Sanitation, dispensaries and jails vaccination Rajputana 1922-1927 - 1922-1927
Year: 1922
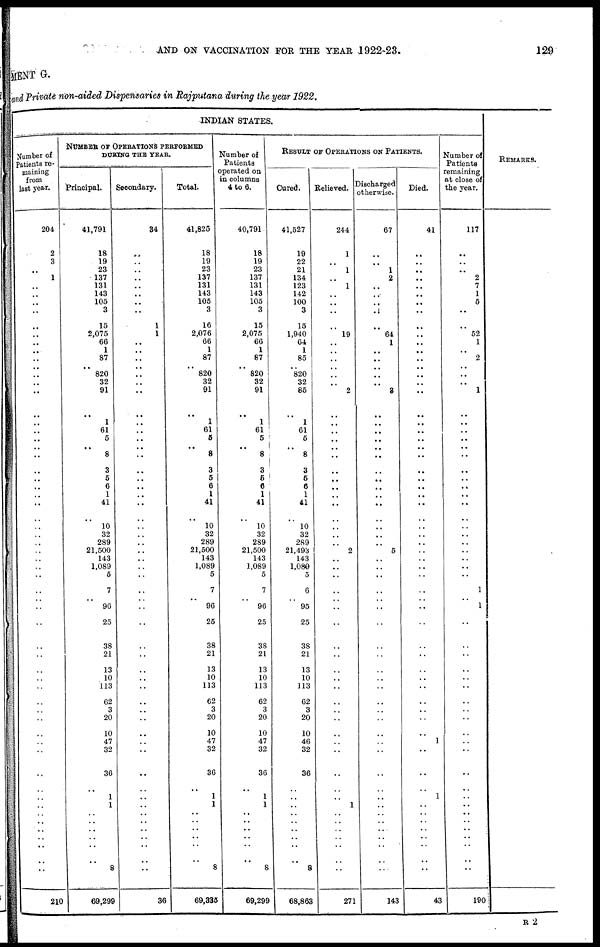
AND ON VACCINATION FOR THE YEAR 1922-23.
129
MENT G.
and Private non-aided Dispensaries in Rajputana during the year 1922.
INDIAN STATES.
204
2
3
..
1
..
..
..
..
..
..
..
..
..
..
..
..
..
..
..
..
..
..
..
..
..
..
..
..
..
..
..
..
..
..
..
..
..
.. ..
..
..
..
..
..
..
..
..
..
..
..
..
..
..
..
..
..
..
..
..
..
..
..
210
NUMBER OF OPERATIONS PERFORMED
DURING THE YEAR.
Principal.
41,791
18
19
23
137
131
143
105
3
15
2,075
66
1
87
..
820
32
91
..
1
61
5
..
8
3
5
6
1
41
..
10
32
289
21,500
143
1,089
5
7
..
96
25
38
21
13
10
113
62
3
20
10
47
32
36
..
1
1
..
..
..
..
..
..
8
69,299
Secondary.
34
..
..
..
..
..
..
..
..
1
1
..
..
..
..
..
..
..
..
..
..
..
..
..
..
..
..
..
..
..
..
..
..
..
..
..
..
..
..
..
..
..
..
..
..
..
..
..
..
..
..
..
..
..
..
..
..
..
..
..
..
..
..
36
Total.
41,825
18
19
23
137
131
143
105
3
16
2,076
66
1
87
..
820
32
91
..
1
61
5
..
8
3
5
6
1
41
..
10
32
289
21,500
143
1,089
5
7
..
96
25
38
21
13
10
113
62
3
20
10
47
32
36
..
1
1
..
..
..
..
..
..
8
69,335
Number of
Patients
operated on
in columns
4 to 6.
40,791 .
18
19
23
137
131
143
105
3
15
2,075
66
1
87
..
820
32
91
..
1
61
5
..
8
3
6
6
1
41
..
10
32
289
21,500
143
1,089
5
7
..
96
25
38
21
13
10
113
62
3
20
10
47
32
36
..
1
1
..
..
..
..
..
..
8
69,299
RESULT OF OPERATIONS ON PATIENTS.
Cured.
41,527
19
22
21
134
123
142
100
3
15
1,940
64
1
85
..
820
32
85
..
1
61
5
..
8
3
5
6
1
41
..
10
32
289
21,493
143
1,080
5
6
..
95
25
38
21
13
10
113
62
3
20
10
46
32
36
..
..
..
..
..
..
..
..
..
8
68,863
Relieved.
244
1
..
1
..
1
..
..
..
..
19
..
..
..
..
..
..
2
..
..
..
..
.. ..
..
..
..
..
..
..
..
..
..
2
..
..
..
..
.. ..
..
..
..
..
..
..
..
..
..
..
..
..
..
..
..
1
..
..
..
..
..
..
..
271
Discharged
otherwise.
67
..
..
1
2
..
..
..
..
..
64
1
..
..
..
..
..
3
..
..
..
..
.. ..
..
..
..
..
..
..
..
..
..
5
..
..
..
..
.. ..
..
..
..
..
..
..
..
..
..
..
..
..
..
..
..
..
..
..
..
..
..
..
..
143
Died.
41
..
..
..
..
..
..
..
..
..
..
..
..
..
..
..
..
..
..
..
..
..
.. ..
..
..
..
..
..
..
..
..
..
..
..
..
..
..
.. ..
..
..
..
..
..
..
..
..
..
..
1
..
..
..
1
..
..
..
..
..
..
..
..
43
Number of
Patients
remaining
at close of
the year.
117
..
..
..
2
7
1
5
..
..
52
1
..
2
.. ..
..
1
..
..
..
..
.. ..
..
..
..
..
..
..
..
..
..
..
..
..
1
..
1
..
..
..
..
..
..
..
..
..
..
..
..
..
..
..
..
..
..
..
..
..
..
..
190
REMARKS.
R 2